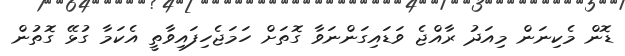
ޑޮން މެކިނަން މިއަދު ރާއްޖެ ވަޑައިގަންނަވާ ގޮތަށް ހަމަޖެހިފައިވާތީ އެކަމާ ގުޅޭ ގޮތުން